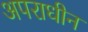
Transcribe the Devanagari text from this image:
अपराधीन